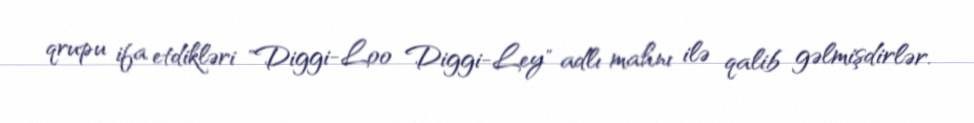
qrupu ifa etdikləri "Diggi-Loo Diggi-Ley" adlı mahnı ilə qalib gəlmişdirlər.